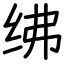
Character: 绋